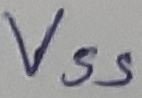
Text: VSS